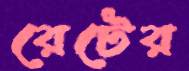
রেটের